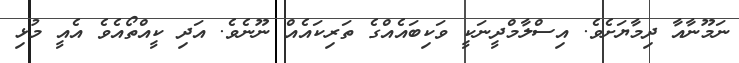
ނަމޫނާއާ ދިމާޔަށެވެ. އިސްލާމްދީނަކީ ވަކިބައެއްގެ ތަރިކައެއް ނޫނެވެ. އަދި ކީއްތޯއެވެ އެއީ މުޅި